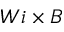
W i \times B